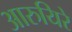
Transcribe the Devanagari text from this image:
आरुयिरे